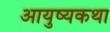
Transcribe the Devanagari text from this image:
आयुष्यकथा